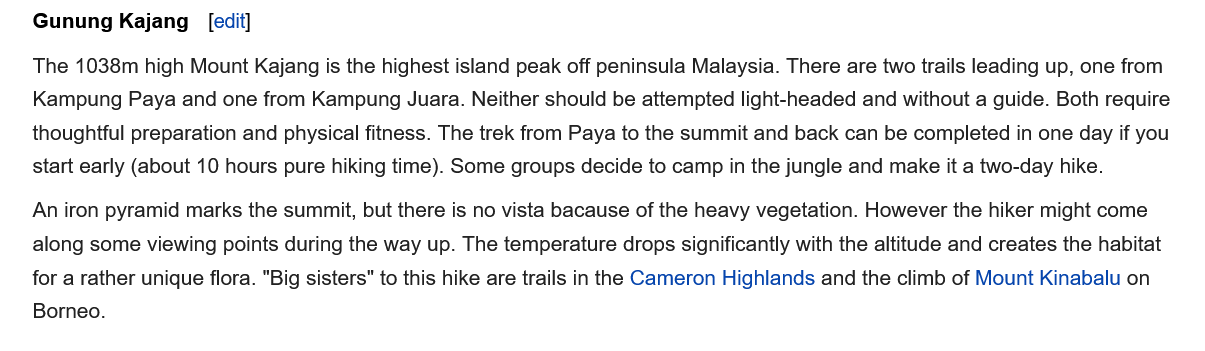
The 1038m high Mount Kajang is the highest island peak off peninsula Malaysia. There are two trails leading up, one from
    Kampung Paya and one from Kampung Juara. Neither should be attempted light-headed and without a guide. Both require
    thoughtful preparation and physical fitness. The trek from Paya to the summit and back can be completed in one day if you
    start early (about 10 hours pure hiking time). Some groups decide to camp in the jungle and make it a two-day hike.
    An iron pyramid marks the summit, but there is no vista bacause of the heavy vegetation. However the hiker might come
    along some viewing points during the way up. The temperature drops significantly with the altitude and creates the habitat
    for a rather unique flora. "Big sisters" to this hike are trails in the Cameron Highlands and the climb of Mount Kinabalu on
    Borneo.
    Gunung  Kajang  [edit]